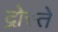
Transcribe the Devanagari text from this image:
द्रोस्ते